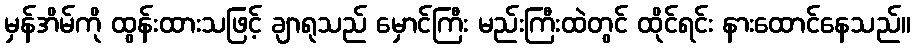
မှန်အိမ်ကို ထွန်းထားသဖြင့် ချာရုသည် မှောင်ကြီး မည်းကြီးထဲတွင် ထိုင်ရင်း နားထောင်နေသည်။